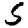
Digit: 5